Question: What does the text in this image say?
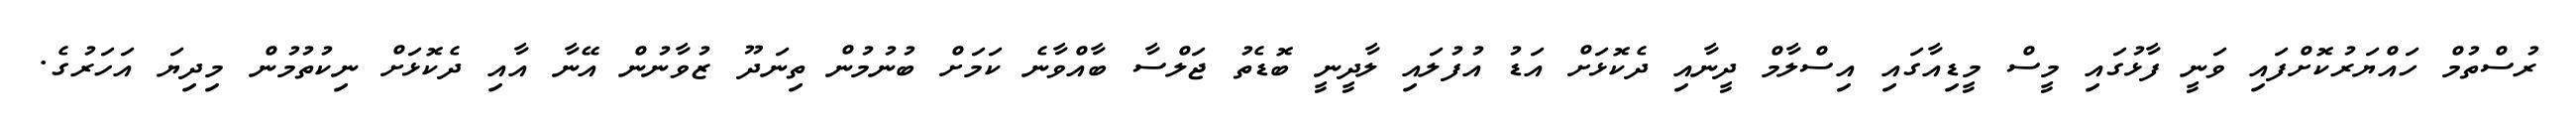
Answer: ރުސްތުމް ހައްޔަރުކޮށްފައި ވަނީ ފާޅުގައި މީސް މީޑިއާގައި އިސްލާމް ދީނާއި ދެކޮޅަށް އަޑު އުފުލައި ލާދީނީ ބޮޑެތު ޖަލްސާ ބާއްވާނެ ކަމަށް ބުނުމުން ތިނަދޫ ޒުވާނުން އޭނާ އާއި ދެކޮޅަށް ނިކުތުމުން މިދިޔަ އަހަރުގެ.